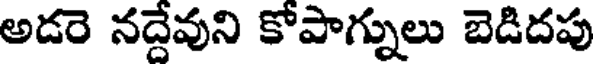
అడరె నద్దేవుని కోపాగ్నులు బెడిదపు